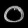
Digit: ၀